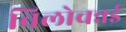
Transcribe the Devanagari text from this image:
विलोचन्नई